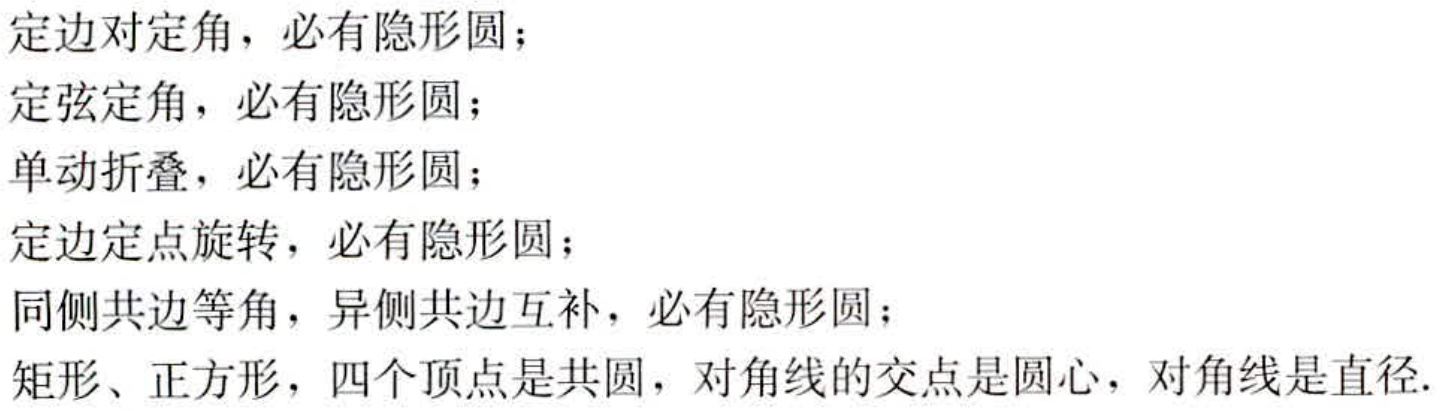
定边对定角，必有隐形圆；

定弦定角，必有隐形圆；

单动折叠，必有隐形圆；

定边定点旋转，必有隐形圆；

同侧共边等角，异侧共边互补，必有隐形圆；

矩形、正方形，四个顶点是共圆，对角线的交点是圆心，对角线是直径.